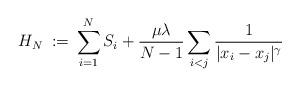
LaTeX: \begin{align*}H_{N}\;:=\;&\sum_{i=1}^{N}S_i + \frac{\mu\lambda}{N-1}\sum_{i<j}\frac1{|x_i-x_j|^\gamma}\end{align*}